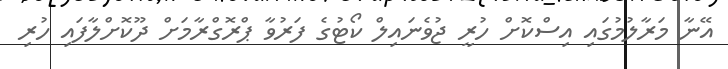
އޭނާ މަރާލުމުގައި އިސްކޮށް ހުރީ ޖުވެނައިލް ކޯޓުގެ ފަރުވާ ޕްރޮގްރާމަށް ދޫކޮށްލާފައި ހުރި